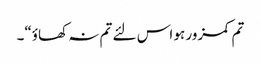
تم کمزور ہو اس لئے تم نہ کھاؤ“۔